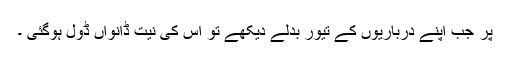
پر جب اپنے درباریوں کے تیور بدلے دیکھے تو اس کی نیت ڈانواں ڈول ہوگئی ۔